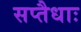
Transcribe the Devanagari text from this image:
सप्तैधाः